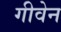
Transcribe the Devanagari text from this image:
गीवेन